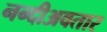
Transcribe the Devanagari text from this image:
नन्दीअवतार